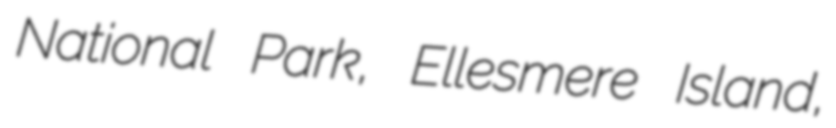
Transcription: National Park, Ellesmere Island,